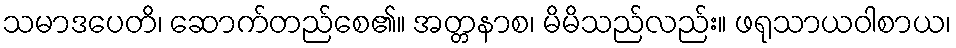
သမာဒပေတိ၊ ဆောက်တည်စေ၏။ အတ္တနာစ၊ မိမိသည်လည်း။ ဖရုသာယဝါစာယ၊